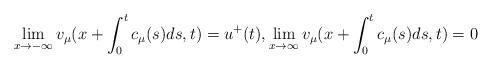
LaTeX: \begin{align*}\lim_{x\to -\infty} v_\mu(x+\int_0^t c_\mu(s)ds,t)=u^+(t),\lim_{x\to\infty} v_\mu(x+\int_0^tc_\mu(s)ds,t)=0\end{align*}